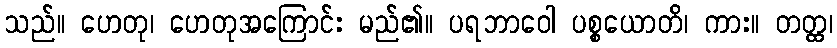
သည်။ ဟေတု၊ ဟေတုအကြောင်း မည်၏။ ပရဘာဝေါ ပစ္စယောတိ၊ ကား။ တတ္ထ၊